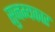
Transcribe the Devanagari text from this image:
सुनम्यकार